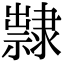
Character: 𨾀